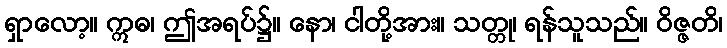
ရှာလော့။ ဣဓ၊ ဤအရပ်၌။ နော၊ ငါတို့အား။ သတ္တု၊ ရန်သူသည်။ ဝိဇ္ဇတိ၊